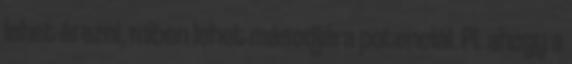
lehet érezni, miben lehet másodjára potenciál. Pl. ahogy a